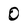
Character: 0